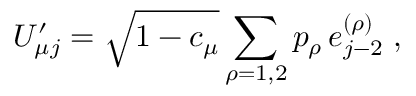
U _ { \mu j } ^ { \prime } = \sqrt { 1 - c _ { \mu } } \sum _ { \rho = 1 , 2 } p _ { \rho } \, e _ { j - 2 } ^ { ( \rho ) } \; ,